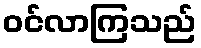
ဝင်လာကြသည်